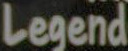
Legend